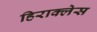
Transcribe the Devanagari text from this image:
हिराक्लेस